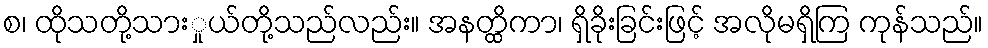
စ၊ ထိုသတို့သားှုယ်တို့သည်လည်း။ အနတ္ထိကာ၊ ရှိခိုးခြင်းဖြင့် အလိုမရှိကြ ကုန်သည်။